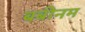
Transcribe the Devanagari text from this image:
बबीनम